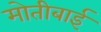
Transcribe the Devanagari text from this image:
मोतीबाई